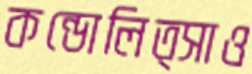
কন্ডোলিত্সাও